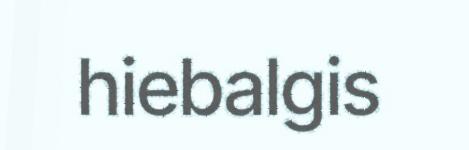
hiebalgis